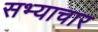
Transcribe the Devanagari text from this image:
सभ्याचार